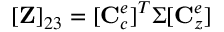
[ \mathbf { Z } ] _ { 2 3 } = [ \mathbf { C } _ { c } ^ { e } ] ^ { T } \Sigma [ \mathbf { C } _ { z } ^ { e } ]